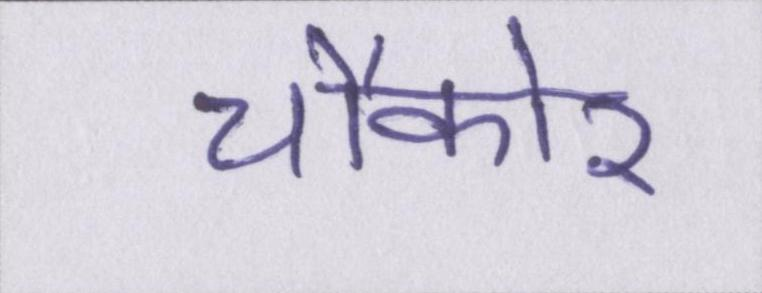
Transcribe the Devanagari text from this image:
चौकोर